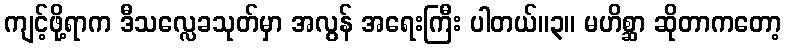
ကျင့်ဖို့ရာက ဒီသလ္လေခသုတ်မှာ အလွန် အရေးကြီး ပါတယ်။၃။ မဟိစ္ဆာ ဆိုတာကတော့